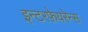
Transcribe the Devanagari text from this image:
इन्टरफ़ेयरेन्स